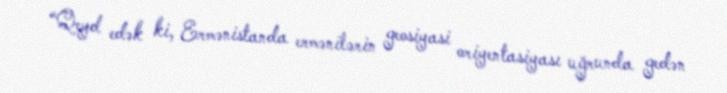
“Qeyd edək ki, Ermənistanda ermənilərin geosiyasi oriyentasiyası uğrunda gedən